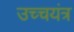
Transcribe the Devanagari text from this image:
उच्चयंत्र